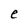
Character: e